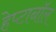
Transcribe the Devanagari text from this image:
हेप्टानॉल